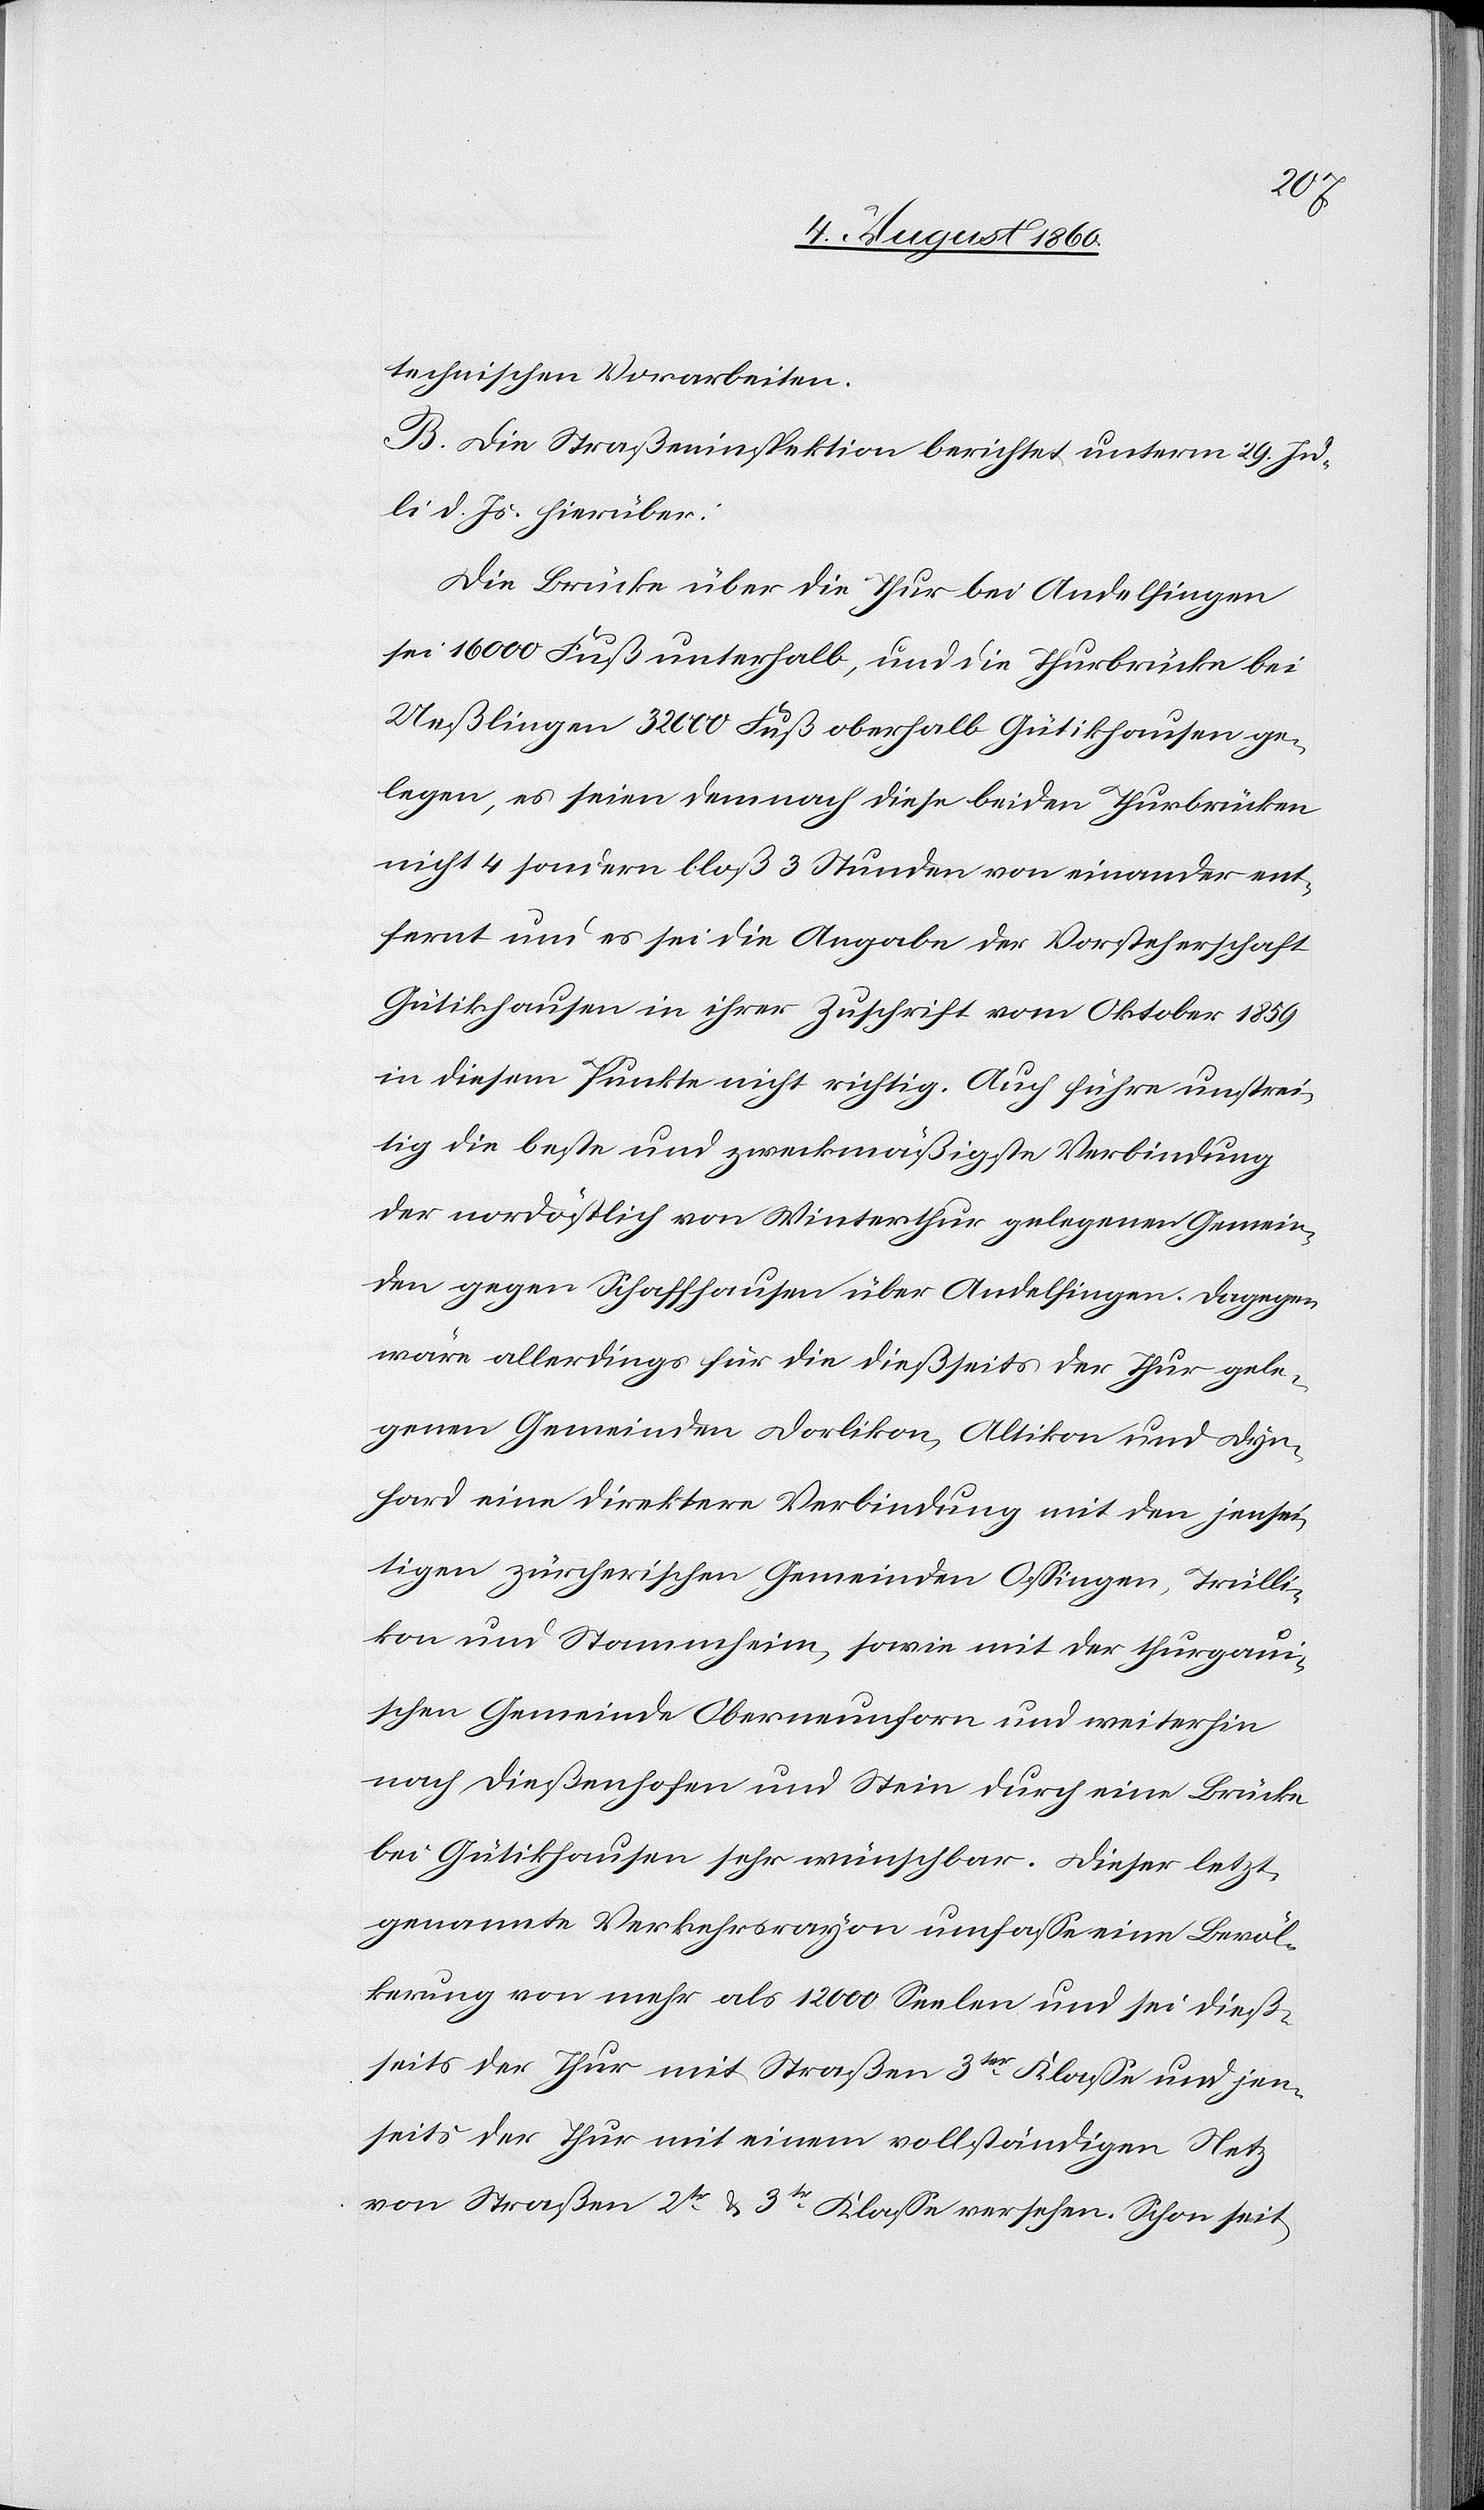
technischen Vorarbeiten.
B. Die Strasseninspektion berichtet unterm 29. Heum¬
onat d. Js. hierüber:
Die Brücke über die Thur bei Andelfingen
sei 16 000 Fuß unterhalb, und die Thurbrücke bei
Ueßlingen 32 000 Fuß oberhalb Gütikhausen ge¬
legen, es seien demnach diese beiden Thurbrücken
nicht 4 sondern blos 3 Stunden von einander ent¬
fernt und es sei die Angabe der Vorsteherschaft
Gütikhausen in ihrer Zuschrift vom Oktober 1859
in diesem Punkte nicht richtig. Auch führe unstrei¬
tig die beste und zweckmäßigste Verbindung
der nordöstlich von Winterthur gelegenen Gemein¬
den gegen Schaffhausen über Andelfingen. Dagegen
wäre allerdings für die diesseits der Thur gele¬
genen Gemeinden Dorlikon, Altikon und Dyn¬
hard eine direktere Verbindung mit den jensei¬
tigen zürcherischen Gemeinden Ossingen, Trülli¬
kon und Stammheim, sowie mit der thurgaui¬
schen Gemeinde Oberneunforn und weiterhin
nach Diessenhofen und Stein durch eine Brücke
bei Gütikhausen sehr wünschbar. Dieser letzt¬
genannte Verkehrsrayon umfasse eine Bevöl¬
kerung von mehr als 12 000 Seelen und sei dies¬
seits der Thur mit Strassen 3tr Klasse und jen¬
seits der Thur mit einem vollständigen Netz
von Strassen 2tr u. 3tr Klasse versehen. Schon seit